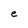
Character: e